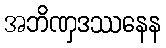
အဘိဏှဒဿနေန